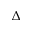
\Delta